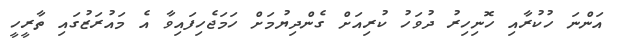
އަންނަ ހުކުރާއި ހޮނިހިރު ދުވަހު ކުރިއަށް ގެންދިޔުމަށް ހަމަޖެހިފައިވާ އެ މައުރަޒުގައި ތާރީހީ